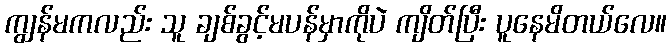
ကျွန်မကလည်း သူ ချစ်ခွင့်မပန်မှာကိုပဲ ကျိတ်ပြီး ပူနေမိတယ်လေ။